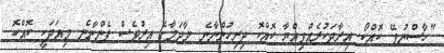
"ހާސްނުވޭ ކޮއްކޯ. އިރާދަކުރެއްވިއްޔާ ކޮއްކޮ ދިރިހުންނާނެ. މާދަމާގެ އިރުވެސް ފެންނާނެ. މިއަދަކީ ކޮއްކޮ